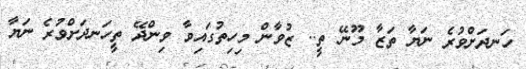
ހަނދަށްވުރެ ނަޔާ ތަޒާ މޫނޭ ތީ.. ޒުވާން މިހިތުގައިވާ ވިންދޭ ތީހަނދަށްވުރެ ނަޔާ